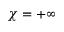
\chi = + \infty